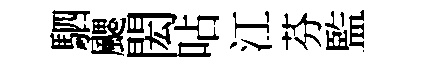
駟颸閎呫江芬監